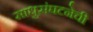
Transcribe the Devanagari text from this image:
साधुसंघटनेची